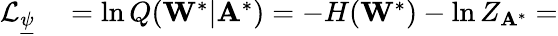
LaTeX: \begin{array}{rl}{\mathcal{L}_{\underline{{\psi}}}}&{{}=\ln Q(\mathbf{W}^{*}|\mathbf{A}^{*})=-H(\mathbf{W}^{*})-\ln Z_{\mathbf{A}^{*}}=}\end{array}